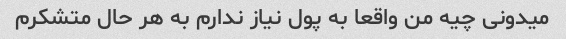
میدونی چیه من واقعا به پول نیاز ندارم به هر حال متشکرم